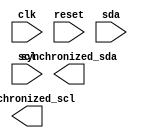
module i2c_timing_control(
    input wire clk,
    input wire reset,
    input wire sda,
    input wire scl,
    output wire synchronized_sda,
    output wire synchronized_scl
);

reg [3:0] state;
reg [3:0] next_state;
reg synchronized_sda_reg;
reg synchronized_scl_reg;

always @(posedge clk or posedge reset) begin
    if (reset) begin
        state <= 4'b0000;
        synchronized_sda_reg <= 1'b0;
        synchronized_scl_reg <= 1'b0;
    end else begin
        state <= next_state;
        synchronized_sda_reg <= sda;
        synchronized_scl_reg <= scl;
    end
end

always @(*) begin
    case(state)
        4'b0000: begin // Handle clock signal generation
            // Add your code for clock signal generation here
        end
        4'b0001: begin // Handle clock recovery
            // Add your code for clock recovery here
        end
        4'b0010: begin // Handle data sampling
            // Add your code for data sampling here
        end
        // Add more cases as needed for edge detection, synchronization, etc.
    endcase
end

endmodule